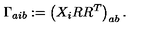
\Gamma _ { a i b } : = \left( X _ { i } R R ^ { T } \right) _ { a b } .